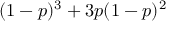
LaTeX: ( 1 - p ) ^ { 3 } + 3 p ( 1 - p ) ^ { 2 }